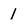
Character: l